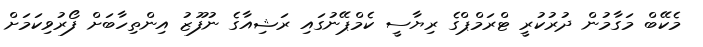
މެކޭބް މަގާމުން ދުރުކުރީ ޓްރަމްޕްގެ ރިޔާސީ ކެމްޕޭނުގައި ރަޝިއާގެ ނުފޫޒު އިންތިހާބަށް ފޯރުވިކަމަށް